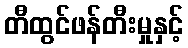
တီထွင်ဖန်တီးမှုနှင့်